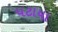
પટાયા